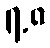
၇.၈